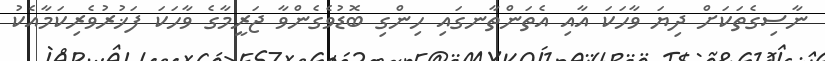
ނާސިގެތަކަށް ދިޔަ ވާހަކަ އާއި އެތަންތާނގައި ހިންގި ބޮޑުވެގެންވާ ޖަރީމާގެ ވާހަކަ ފަޚުރުވެރިކަމާއެކު